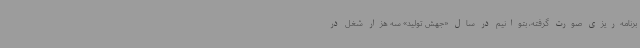
برنامه‌ریزی صورت گرفته، بتوانیم در سال «جهش تولید» سه هزار شغل در